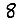
Digit: 8